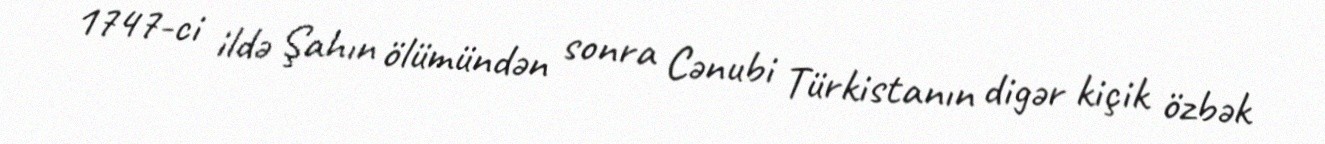
1747-ci ildə Şahın ölümündən sonra Cənubi Türkistanın digər kiçik özbək